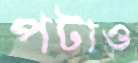
পটাও